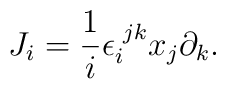
J_i = {1\over i} \epsilon_i^{\,\, jk} x_j \partial_k.